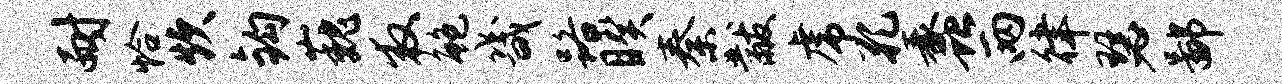
耐恰炊钩巍救鲍畿路睽秦黻虎孔蠡两律瑟鄙